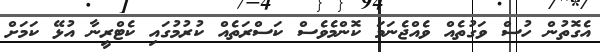
އެގޮތުން ހުސް ވަގުތެއް ވެއްޖެނަމަ ކޮންމެވެސް ކަސްރަތެއް ކުރުމުގައި ކެޓްރީނާ އުޅޭ ކަމަށް